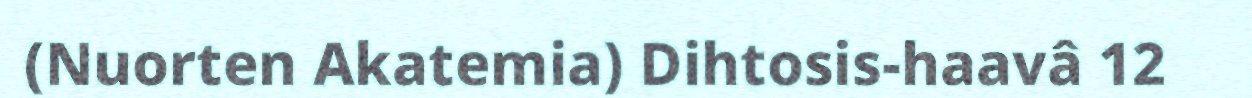
(Nuorten Akatemia) Dihtosis-haavâ 12